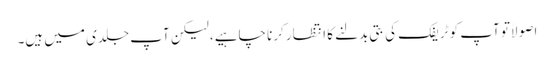
اصولاً تو آپ کو ٹریفک کی بتی بدلنے کا انتظار کرنا چاہیے، لیکن آپ جلدی میں ہیں۔